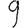
Digit: 9